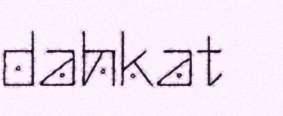
dahkat